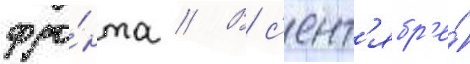
фро́нта // В с'ент'ябр'е́